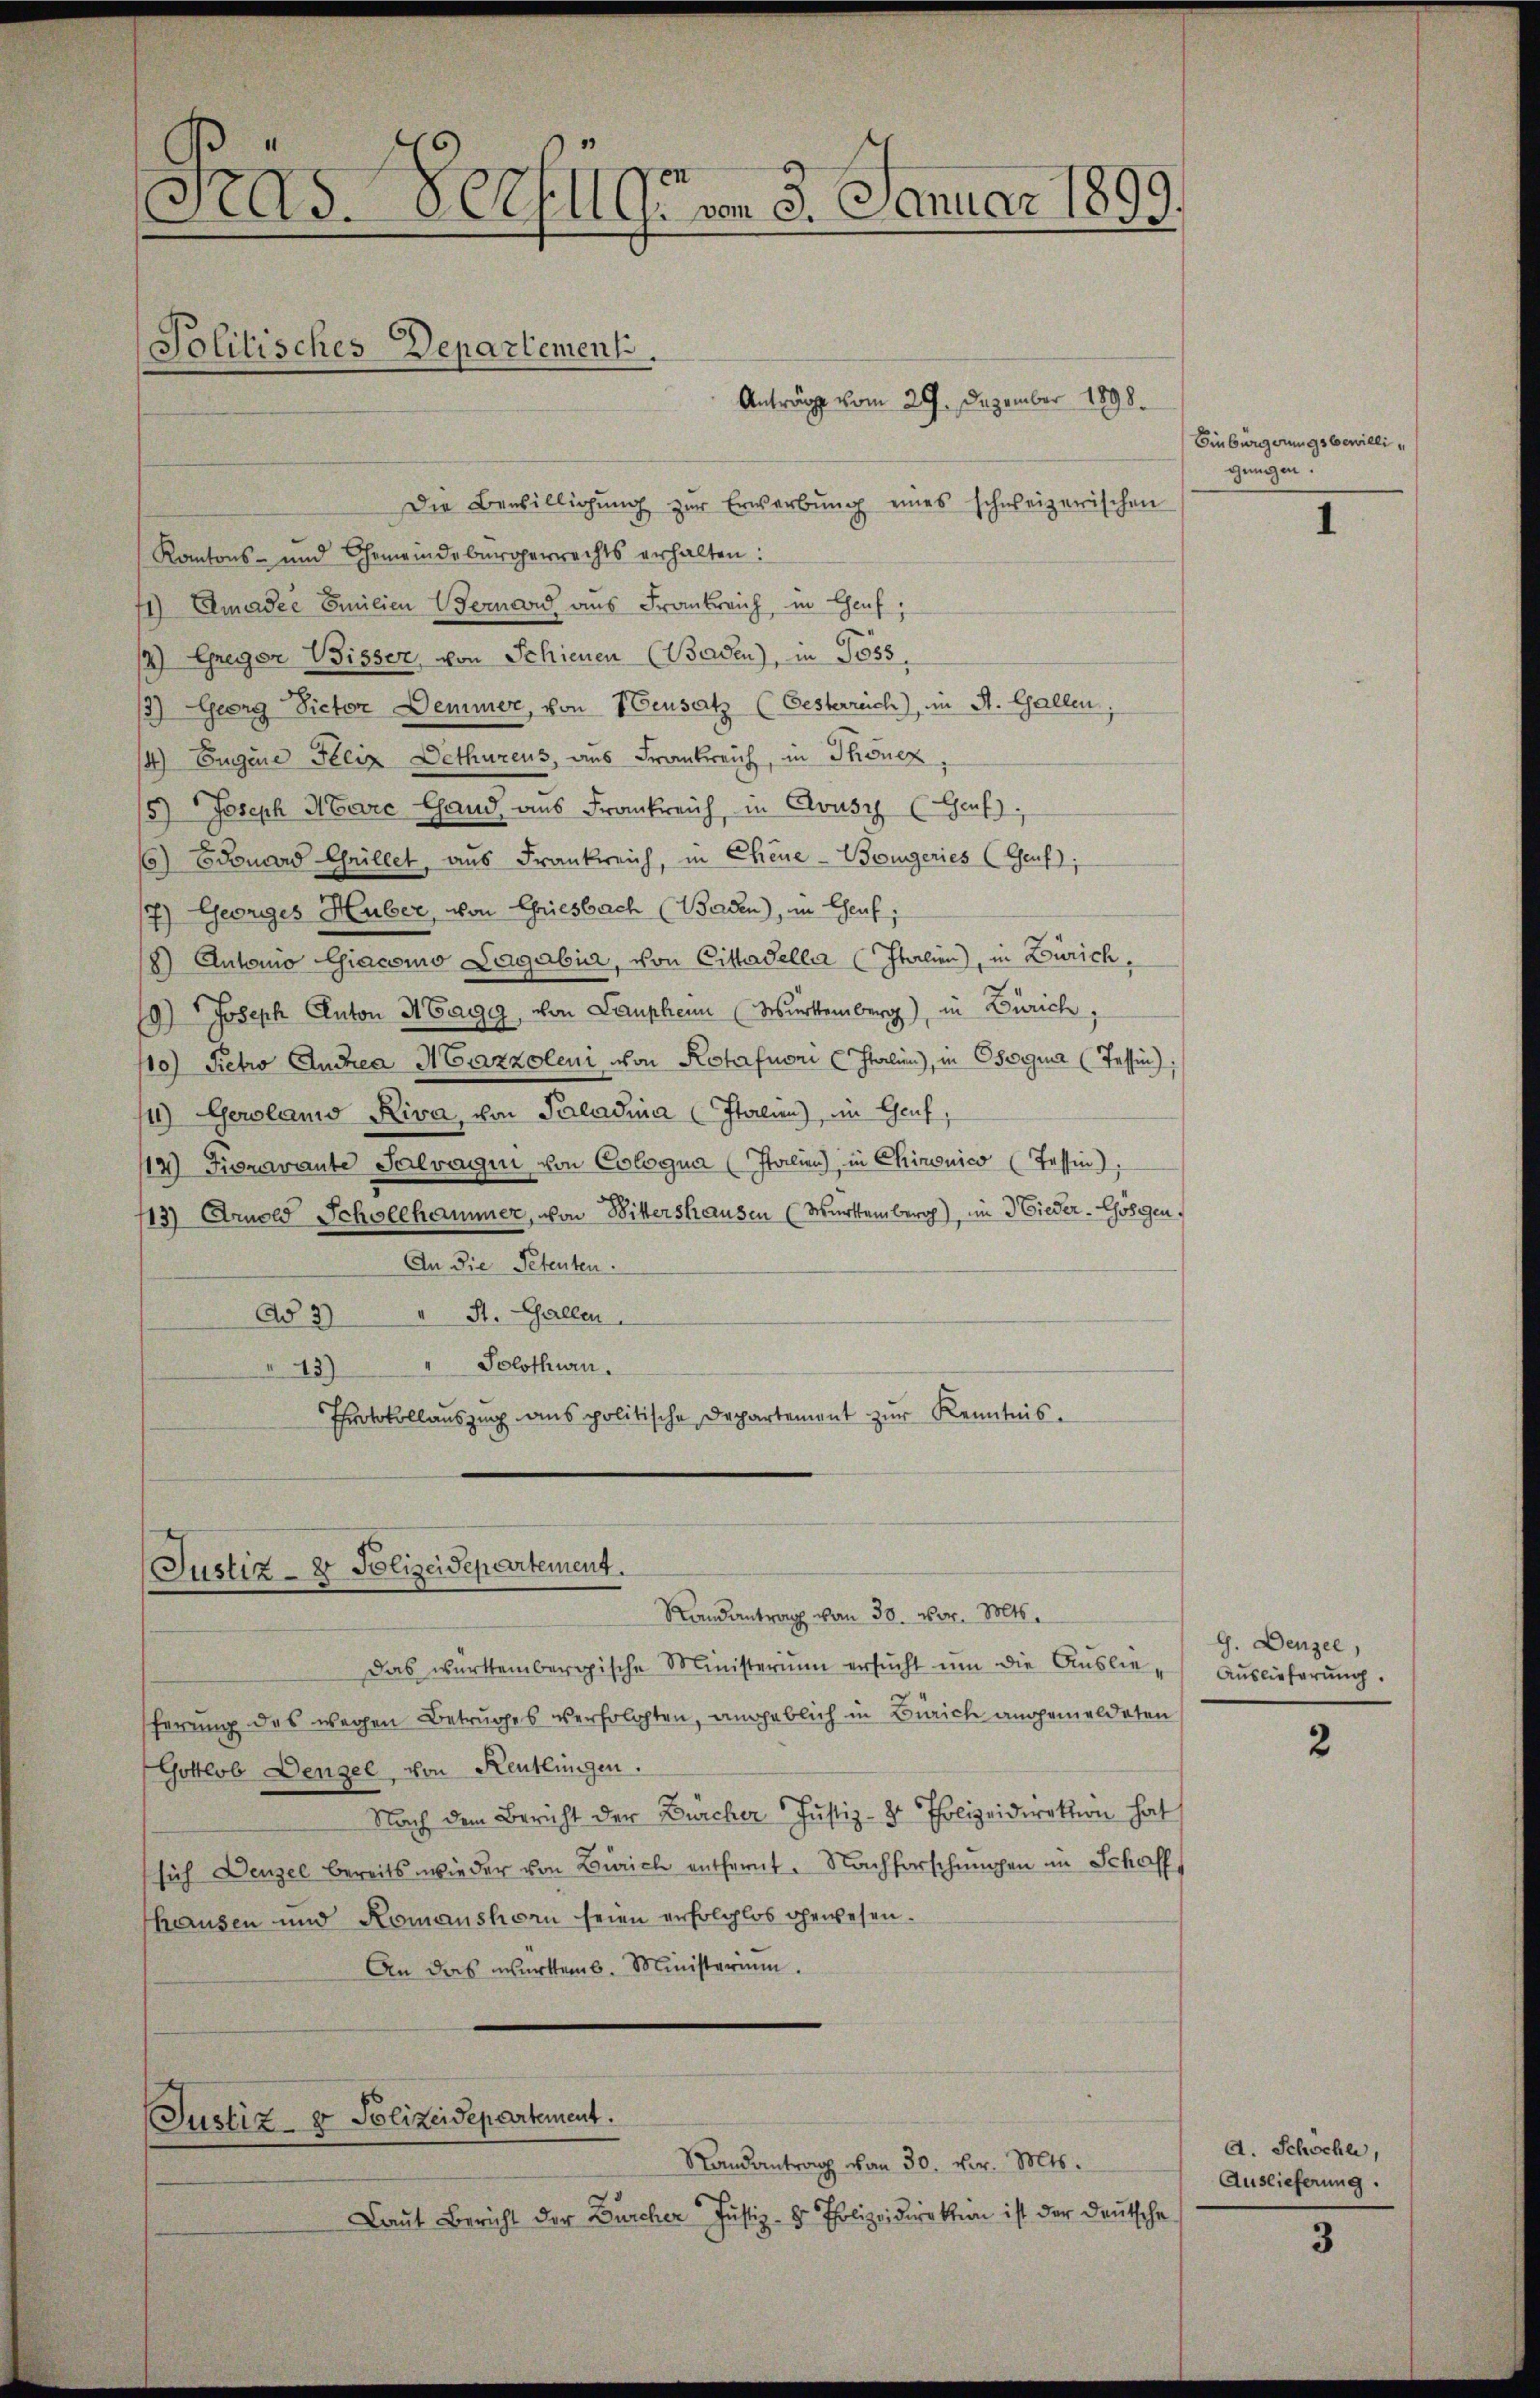
Fras Verzug vom 3. Januar 1899
Politisches Departement.
Anträge vom 29. Dezember 1898.

Die Bewilligŭng zŭr Erwerbŭng eines schweizerischen
Kantons- und Gemeindebürgerrechts erhalten:
71) Elmadie Emilien Bernard aus Frankreich, in Genf,
12) Gregor Wisser, von Schienen (Baden), in Joss
/3) Georg Victor Demmer, von Hensatz (Gesterrich), in A. Gallen,
14) Eugene Felix Dethürens, aus Frankreich, in Thonez,
15) Joseph Marc Hand aus Frankreich, in Cousch (Genf),
16) Edouard Chrillet, aus Frankreich, in Chene - Brugeries (Gruf,
17) Georges Huber, von Chriesbach (Baden), in Chaaf,
8) Antonio Giacomo Lagabir, von Citadella (Italien), in Zürich,
19) Joseph Anton H Cagig, von Lauphen Würtemberg), in Zürich
10) Petro Auchea ACazzoleni von Rotafuoni (Italien), in Oserina (Tessin:
1) Gerolamo Riva, von Paladia Italien), in Genf,
12) Fioravante Salvagii von Cologna (Italien), in Chironico (Tessin),
113) Arnold Schollhammer, von Wittershausen (Württemberg), im Wieder-Gösgen
An die Petenten.
St. Gallen.
Ad 2
" 13) Solothurn.
Protokollauszug aus politische Departement zur Kenntnis.

Justiz- & Polizeidepartement.

Randantrag von 30. vor. Mts.
Das württembergische Ministerium ersŭcht um die Auslie- Auslieferung.
ferung des wegen Betruges verfolgten, angeblich in Zürich angemeldeten
Gottlob Dengel, von Reutungen.
Nach dem Bericht der Bürcher Justiz- & Polizeidirektion hat
sich Denzel bereits wieder von Zürich entfernt. Nachforschungen in Schaff
fhausen und Romanshorn seien erfolglos gewesen.
An das württemb. Ministerium.

Justiz- & Polizeidepartement.

Laut Bericht der Bürcher Justiz- & Polizeidirektion ist der Deutsche

Randantrag von 30. vor. Mts.

Einbürgerungsbewilligungen.

1

G. Denzel,

2

d. Schochli,
Auslieferung.
3